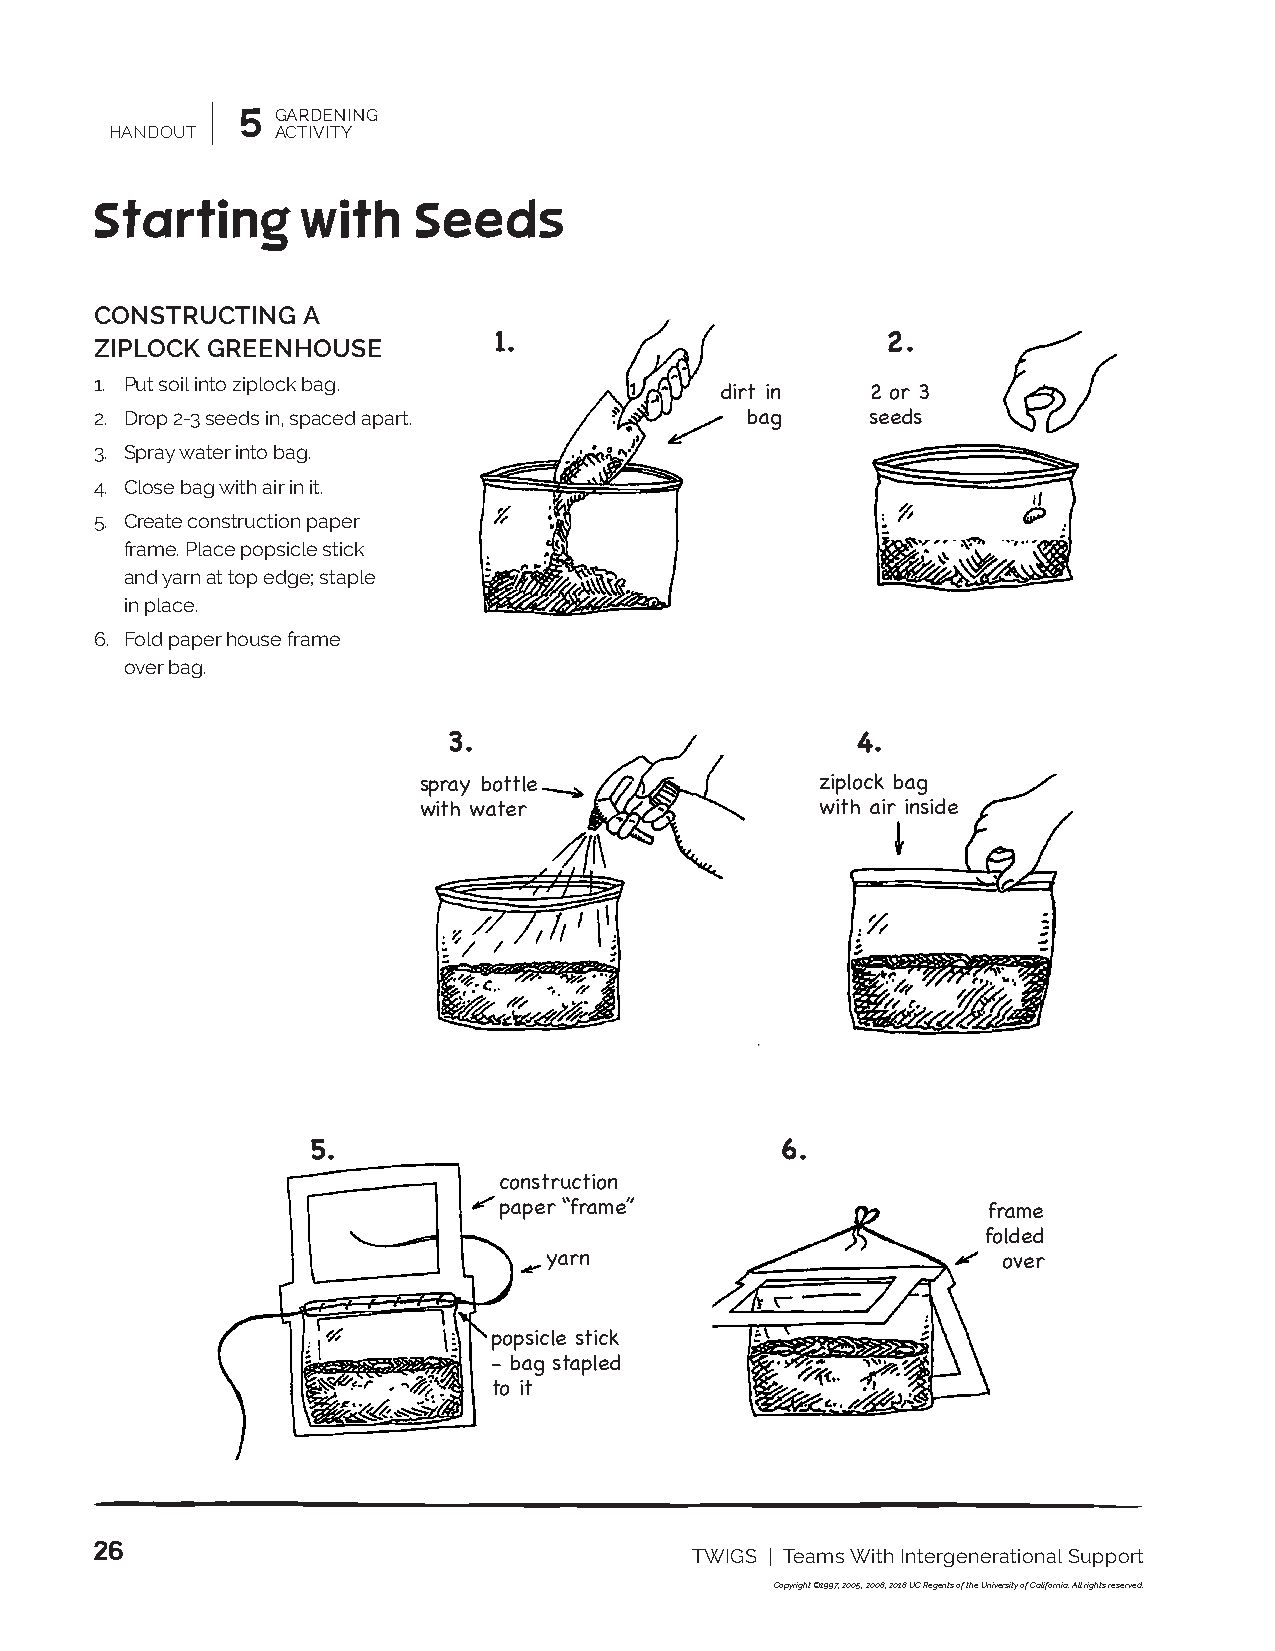
5 GARDENING
 HANDOUT    ACTIVITY
 Starting      with   Seeds
 CONSTRUCTING  A
 ZIPLOCK GREENHOUSE         1.                        2.
 1. Put soil into ziplock bag.
 dirt in   2 or 3
 2. Drop 2-3 seeds in, spaced apart.        bag      seeds
 3. Spray water into bag.
 4. Close bag with air in it.
 5. Create construction paper
 frame. Place popsicle stick
 and yarn at top edge; staple
 in place.
 6. Fold paper house frame
 over bag.
 3.                         4.
 spray bottle              ziplock bag
 with water                with air inside
 5.                              6.
 construction
 paper “frame”                   frame
 folded
 yarn                          over
 popsicle stick
 - bag stapled
 to it
 26
 TWIGS | Teams With Intergenerational Support
 Copyright ©1997, 2005, 2008, 2018 UC Regents of the University of California. All rights reserved.